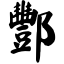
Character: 酆